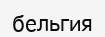
бельгия